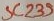
Text: SC239